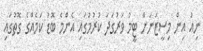
ނިއު އިން މިސީޒަނަށް ޓީމު ވަރުގަދަ ކުރުމުގައި އެންމެ ބޮޑު ކަމެއްގެ ގޮތުގައި